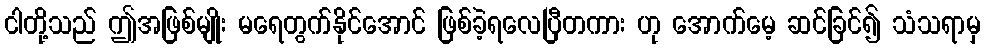
ငါတို့သည် ဤအဖြစ်မျိုး မရေတွက်နိုင်အောင် ဖြစ်ခဲ့ရလေပြီတကား ဟု အောက်မေ့ ဆင်ခြင်၍ သံသရာမှ